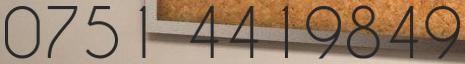
0751 4419849